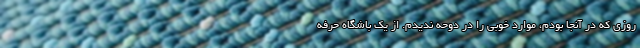
روزی که در آنجا بودم، موارد خوبی را در دوحه ندیدم. از یک باشگاه حرفه